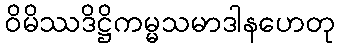
ဝိမိဿဒိဋ္ဌိကမ္မသမာဒါနဟေတု